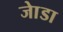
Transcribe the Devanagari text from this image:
जाेडा